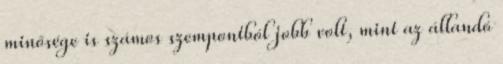
minősége is számos szempontból jobb volt, mint az állandó